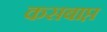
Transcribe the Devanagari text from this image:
कसबाप्त